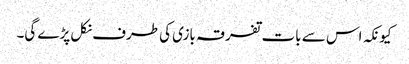
کیونکہ اس سے بات تفرقہ بازی کی طرف نکل پڑے گی۔